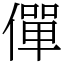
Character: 僤